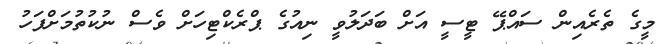
މީގެ ތެރެއިން ސައްޕޭ ޓީސީ އަށް ބަދަލުވީ ނިއުގެ ޕްރެކްޓިހަށް ވެސް ނުކުތުމަށްފަހު